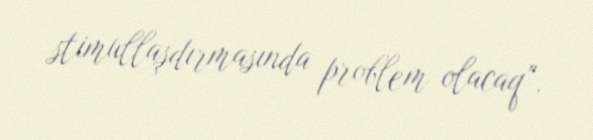
stimullaşdırmasında problem olacaq”.